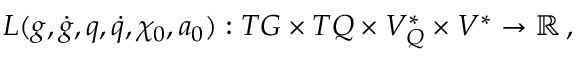
\begin{array} { r } { L ( g , \dot { g } , q , \dot { q } , \chi _ { 0 } , a _ { 0 } ) : T G \times T Q \times V _ { Q } ^ { * } \times V ^ { * } \rightarrow \mathbb { R } \, , } \end{array}